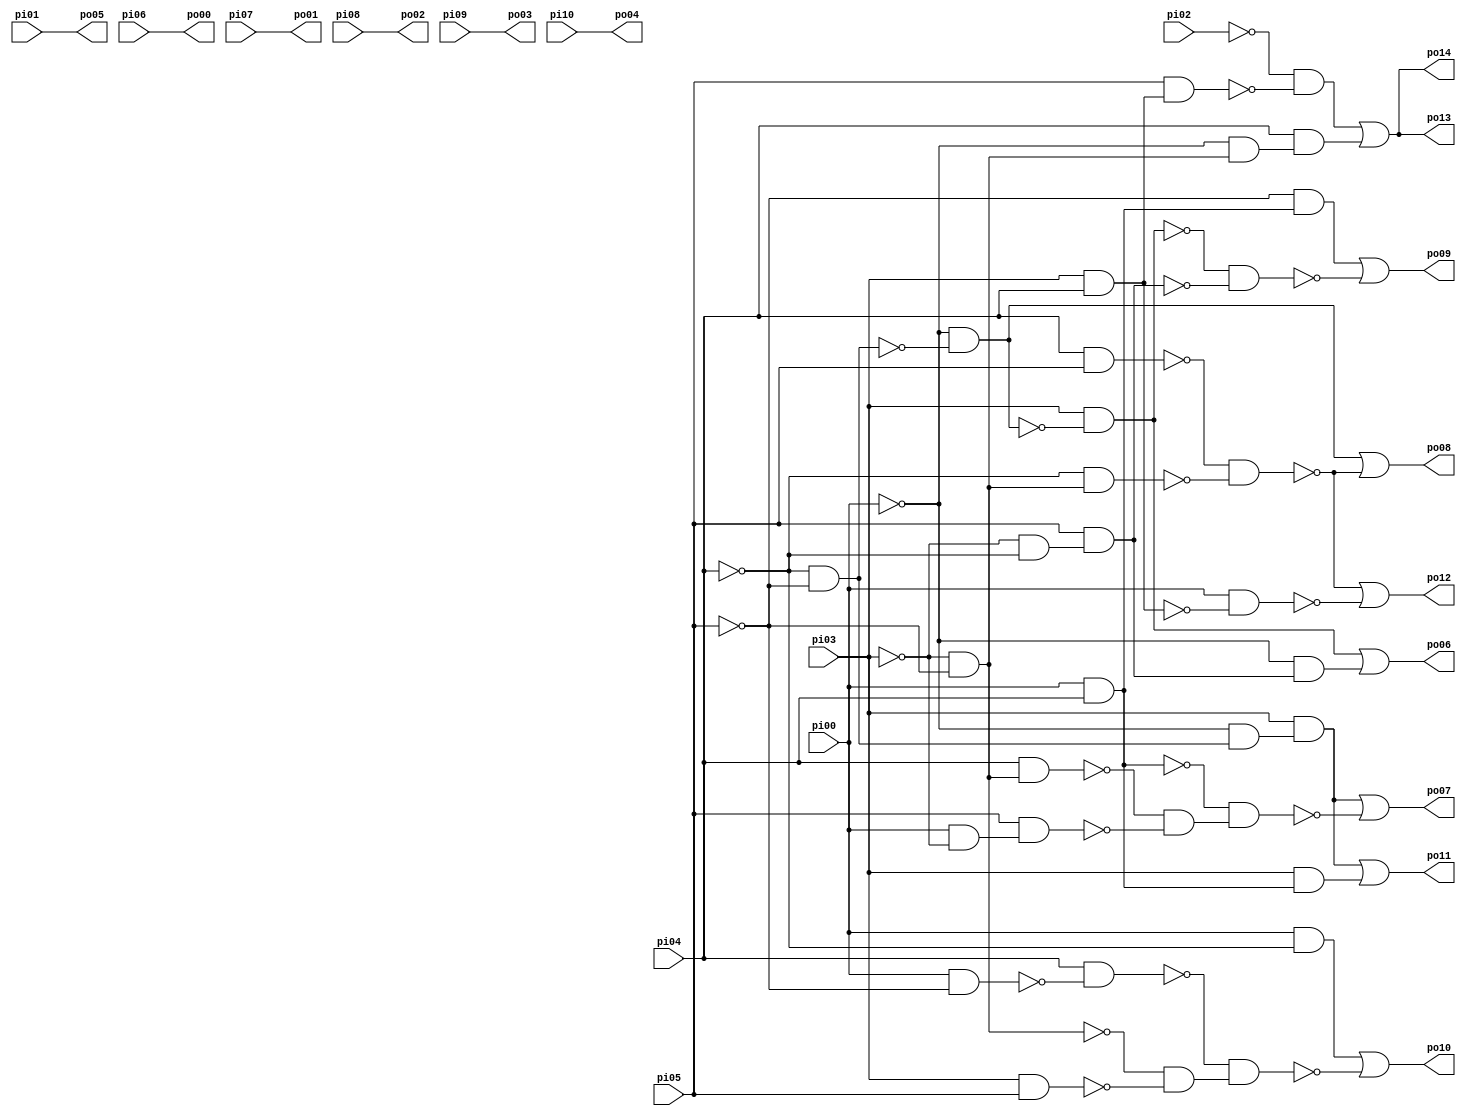
// Benchmark "b06_opt_C" written by ABC on Thu Oct  5 16:36:42 2017

module b06_opt_C ( 
    pi00, pi01, pi02, pi03, pi04, pi05, pi06, pi07, pi08, pi09, pi10,
    po00, po01, po02, po03, po04, po05, po06, po07, po08, po09, po10, po11,
    po12, po13, po14 );
  input  pi00, pi01, pi02, pi03, pi04, pi05, pi06, pi07, pi08, pi09,
    pi10;
  output po00, po01, po02, po03, po04, po05, po06, po07, po08, po09, po10,
    po11, po12, po13, po14;
  wire n27, n28, n29, n30, n31, n32, n34, n35, n36, n37, n38, n39, n40, n41,
    n42, n44, n45, n46, n48, n49, n51, n52, n53, n54, n55, n56, n58, n60,
    n61, n63, n64, n65, n66;
  assign n27 = ~pi04 & ~pi05;
  assign n28 = ~pi00 & ~n27;
  assign n29 = pi03 & ~n28;
  assign n30 = ~pi03 & ~pi04;
  assign n31 = pi05 & n30;
  assign n32 = ~pi00 & n31;
  assign po06 = n29 | n32;
  assign n34 = ~pi03 & ~pi05;
  assign n35 = pi04 & n34;
  assign n36 = pi00 & ~pi03;
  assign n37 = pi05 & n36;
  assign n38 = pi00 & pi04;
  assign n39 = ~pi00 & n27;
  assign n40 = pi03 & n39;
  assign n41 = ~n35 & ~n37;
  assign n42 = ~n38 & n41;
  assign po07 = n40 | ~n42;
  assign n44 = pi04 & pi05;
  assign n45 = ~pi04 & n34;
  assign n46 = ~n44 & ~n45;
  assign po08 = n28 | ~n46;
  assign n48 = ~pi05 & n38;
  assign n49 = ~n29 & ~n31;
  assign po09 = n48 | ~n49;
  assign n51 = pi03 & pi05;
  assign n52 = pi00 & ~pi05;
  assign n53 = pi04 & ~n52;
  assign n54 = pi00 & ~pi04;
  assign n55 = ~n34 & ~n51;
  assign n56 = ~n53 & n55;
  assign po10 = n54 | ~n56;
  assign n58 = pi03 & n38;
  assign po11 = n40 | n58;
  assign n60 = pi03 & pi04;
  assign n61 = pi00 & ~n60;
  assign po12 = ~n46 | ~n61;
  assign n63 = pi05 & n60;
  assign n64 = ~pi02 & ~n63;
  assign n65 = ~pi00 & n34;
  assign n66 = pi04 & n65;
  assign po13 = n64 | n66;
  assign po00 = pi06;
  assign po01 = pi07;
  assign po02 = pi08;
  assign po03 = pi09;
  assign po04 = pi10;
  assign po05 = pi01;
  assign po14 = po13;
endmodule